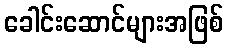
ခေါင်းဆောင်များအဖြစ်